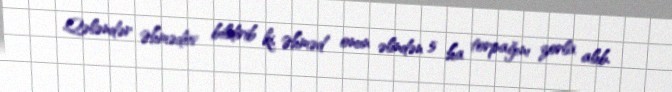
Qələndər Əhmədov bildirib ki, Əhməd onun əlindən 5 ha torpağını zorla alıb.